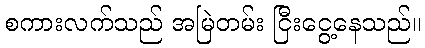
စကားလက်သည် အမြဲတမ်း ငြီးငွေ့နေသည်။